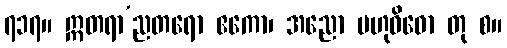
၇၁၇။ ဣတရာ’ညတရော ဧကော၊ အညော ဗဟုဝိဓော တု စ။